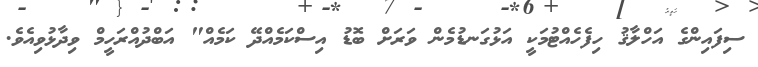
ސިފައިންގެ އަހްލާޤު ހިފެހެއްޓުމަކީ އަޅުގަނޑުމެން ވަރަށް ބޮޑު އިސްކަމެއްދޭ ކަމެއް" އަބްދުއްރަހީމް ވިދާޅުވިއެވެ.